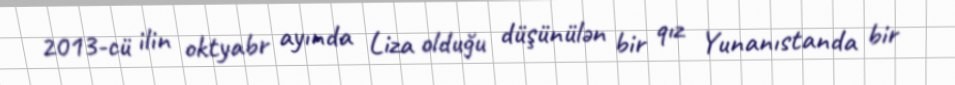
2013-cü ilin oktyabr ayında Liza olduğu düşünülən bir qız Yunanıstanda bir